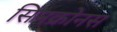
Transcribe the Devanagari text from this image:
सिनक्रोनस